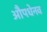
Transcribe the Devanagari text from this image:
औपधेनव